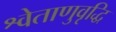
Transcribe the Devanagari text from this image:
श्वेताणुवृद्धि